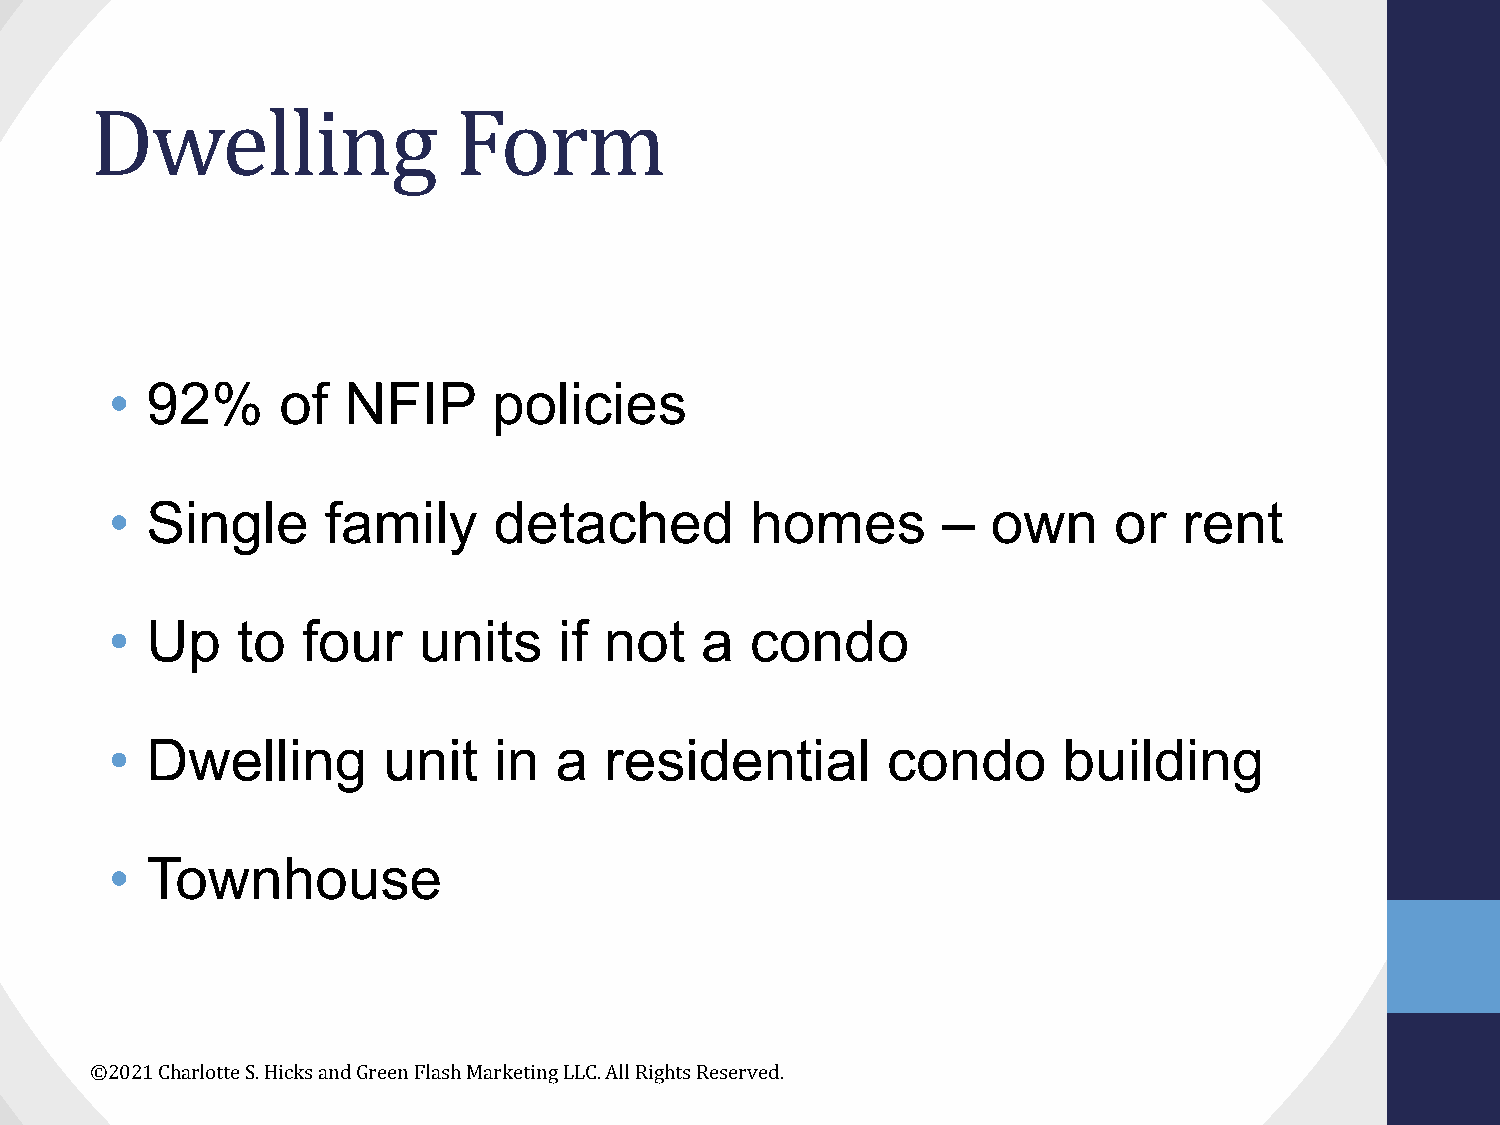
Dwelling                Form
 •  92%     of   NFIP      policies
 •  Single      family     detached         homes       –   own     or  rent
 •  Up    to  four    units    if not   a   condo
 •  Dwelling       unit    in  a  residential        condo      building
 •  Townhouse
 ©2021 Charlotte S. Hicks and Green Flash Marketing LLC. All Rights Reserved.